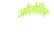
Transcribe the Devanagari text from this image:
जोसेलिन